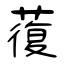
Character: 蕧